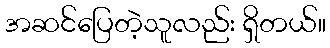
အဆင်ပြေတဲ့သူလည်း ရှိတယ်။